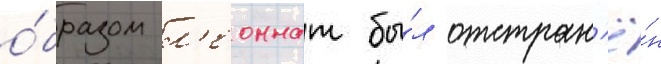
о́бразом л'еоннат бы́л отстран'ё́н